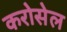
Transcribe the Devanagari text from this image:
करोसेल